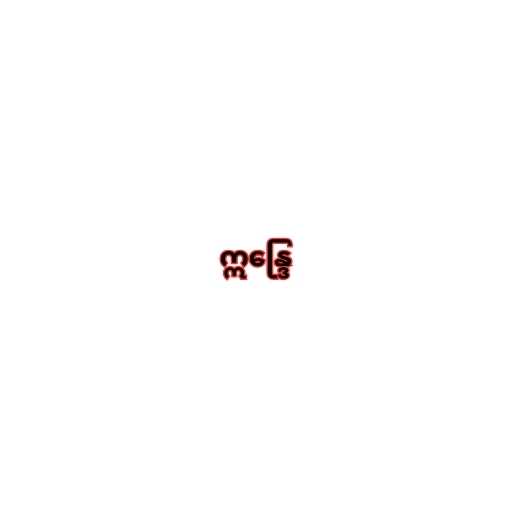
ဣန္ဒြေ